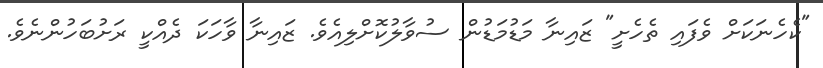
"ކެހެނަކަށް ވެފައި ތެހެށީ" ޒައިނާ މަޑުމަޑުން ސުވާލުކޮށްލިއެވެ. ޒައިނާ ވާހަކަ ދެއްކީ ރަށުބަހުންނެވެ.